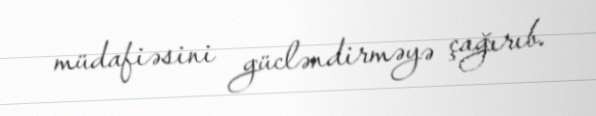
müdafiəsini gücləndirməyə çağırıb.